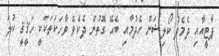
ޕާޓީއާއި ދެމެދު ކޯލިޝަން ހެދުމާއި ބެހޭ ގޮތުން ދެކެވޭ ވާހަކަތަކަކީ ހަޤީޤީ ކުލަ